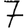
Digit: 7